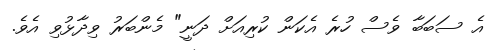
އެ ސަބަބާ ވެސް ހުރެ އެކަން ކުރިއަށް ދަނީ" މެންބަރު ވިދާޅުވި އެވެ.